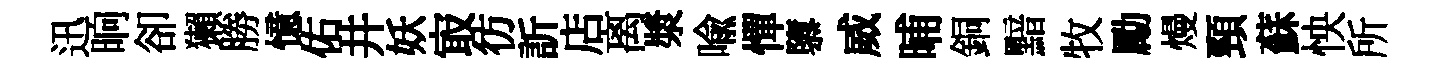
迅晌卻獺勝憶佑井妖㝡彷訢店离漿喻憚隳威晡銅黯牧勵熳頸蘇怏所